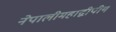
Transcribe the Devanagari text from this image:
नेपालीमहाद्वीपीय